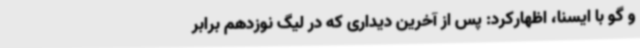
و گو با ایسنا، اظهارکرد: پس از آخرین دیداری که در لیگ نوزدهم برابر